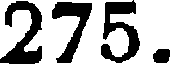
275.